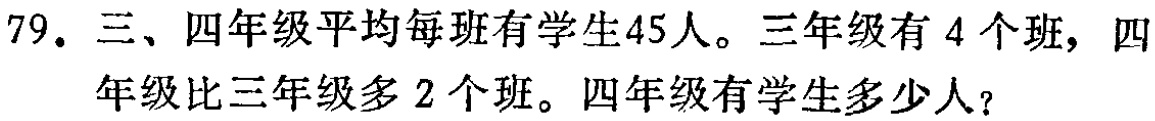
79. 三、四年级平均每班有学生45人。三年级有4个班，四年级比三年级多2个班。四年级有学生多少人？